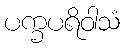
ပက္ခပရိဝါသံ